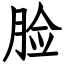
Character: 脸